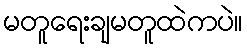
မတူရေးချမတူထဲကပဲ။